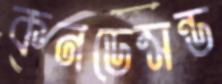
কনডেন্সন্ড